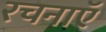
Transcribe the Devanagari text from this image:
रचनाऍ